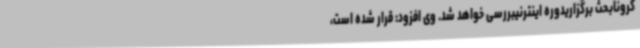
کرونابحث برگزاریدوره اینترنیبررسی خواهد ‌شد. وی افزود: قرار شده است،